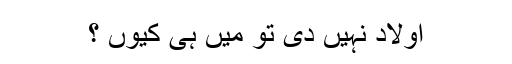
اولاد نہیں دی تو میں ہی کیوں ؟